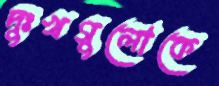
দুঃখগুলোকে